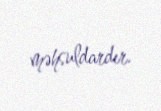
məhsuldardır.